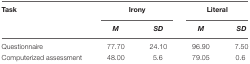
<table><thead><tr><td><b>Task</b></td><td colspan="2"><b>Irony</b></td><td colspan="2"><b>Literal</b></td></tr><tr><td></td><td><b><i>M</i></b></td><td><b><i>SD</i></b></td><td><b><i>M</i></b></td><td><b><i>SD</i></b></td></tr></thead><tbody><tr><td>Questionnaire</td><td>77.70</td><td>24.10</td><td>96.90</td><td>7.50</td></tr><tr><td>Computerized assessment</td><td>48.00</td><td>5.6</td><td>79.05</td><td>0.6</td></tr></tbody></table>